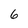
Character: 6